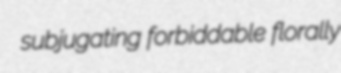
subjugating forbiddable florally